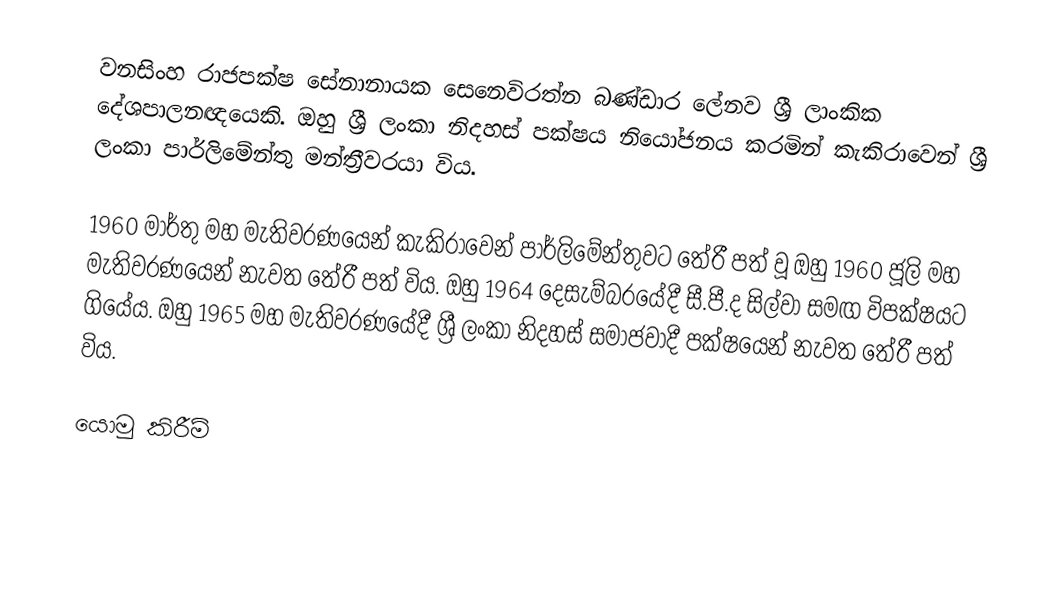
වනසිංහ රාජපක්ෂ සේනානායක සෙනෙවිරත්න බණ්ඩාර ලේනව ශ්‍රී ලාංකික දේශපාලනඥයෙකි. ඔහු ශ්‍රී ලංකා නිදහස් පක්ෂය නියෝජනය කරමින් කැකිරාවෙන් ශ්‍රී ලංකා පාර්ලිමේන්තු මන්ත්‍රීවරයා විය.

1960 මාර්තු මහ මැතිවරණයෙන් කැකිරාවෙන් පාර්ලිමේන්තුවට තේරී පත් වූ ඔහු 1960 ජූලි මහ මැතිවරණයෙන් නැවත තේරී පත් විය. ඔහු 1964 දෙසැම්බරයේදී සී.පී.ද සිල්වා සමඟ විපක්ෂයට ගියේය. ඔහු 1965 මහ මැතිවරණයේදී ශ්‍රී ලංකා නිදහස් සමාජවාදී පක්ෂයෙන් නැවත තේරී පත් විය.

යොමු කිරීම්